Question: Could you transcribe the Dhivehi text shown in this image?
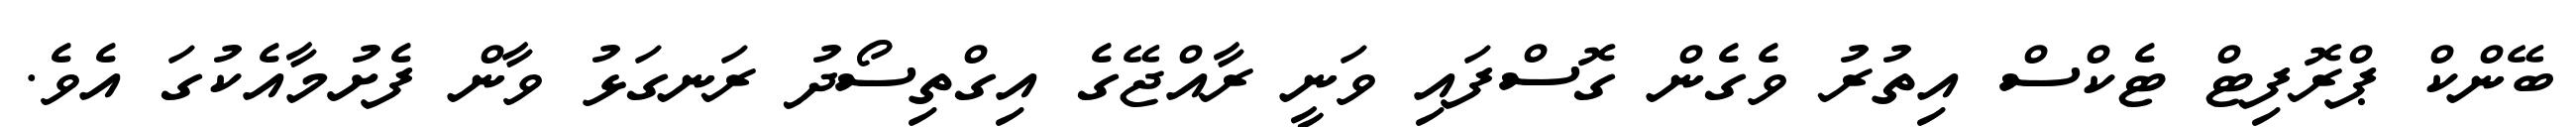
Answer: ބޭންކް ޕްރޮފިޓް ޓެކްސް އިތުރު ވެގެން ގޮސްފައި ވަނީ ރާއްޖޭގެ އިގްތިސޯދު ރަނގަޅު ވާން ފެށުމާއެކުގަ އެވެ.